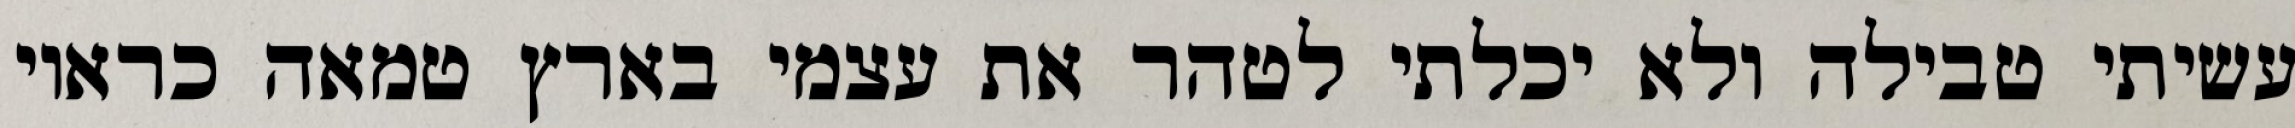
עשיתי טבילה ולא יכלתי לטהר את עצמי בארץ טמאה כראוי